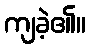
ကျခဲ့၏။